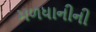
મળધાનીની